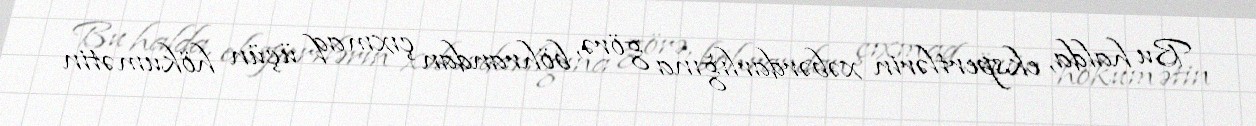
Bu halda, ekspertlərin xəbərdarlığına görə, böhrandan çıxmaq üçün hökumətin